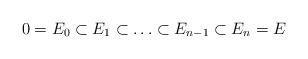
LaTeX: \begin{align*}0 = E_0 \subset E_1 \subset \ldots \subset E_{n-1} \subset E_n = E\end{align*}